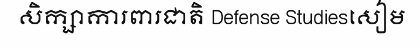
សិក្សាការពារជាតិ Defense Studiesសៀម